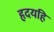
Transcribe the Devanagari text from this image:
हृदयहि